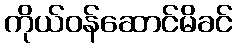
ကိုယ်ဝန်ဆောင်မိခင်